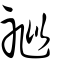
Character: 𥙩